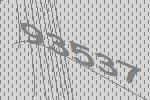
93537